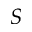
S